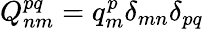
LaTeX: Q_{nm}^{pq}=q_{m}^{p}\delta_{mn}\delta_{pq}